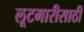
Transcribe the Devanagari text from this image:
लूटमारीसाठी